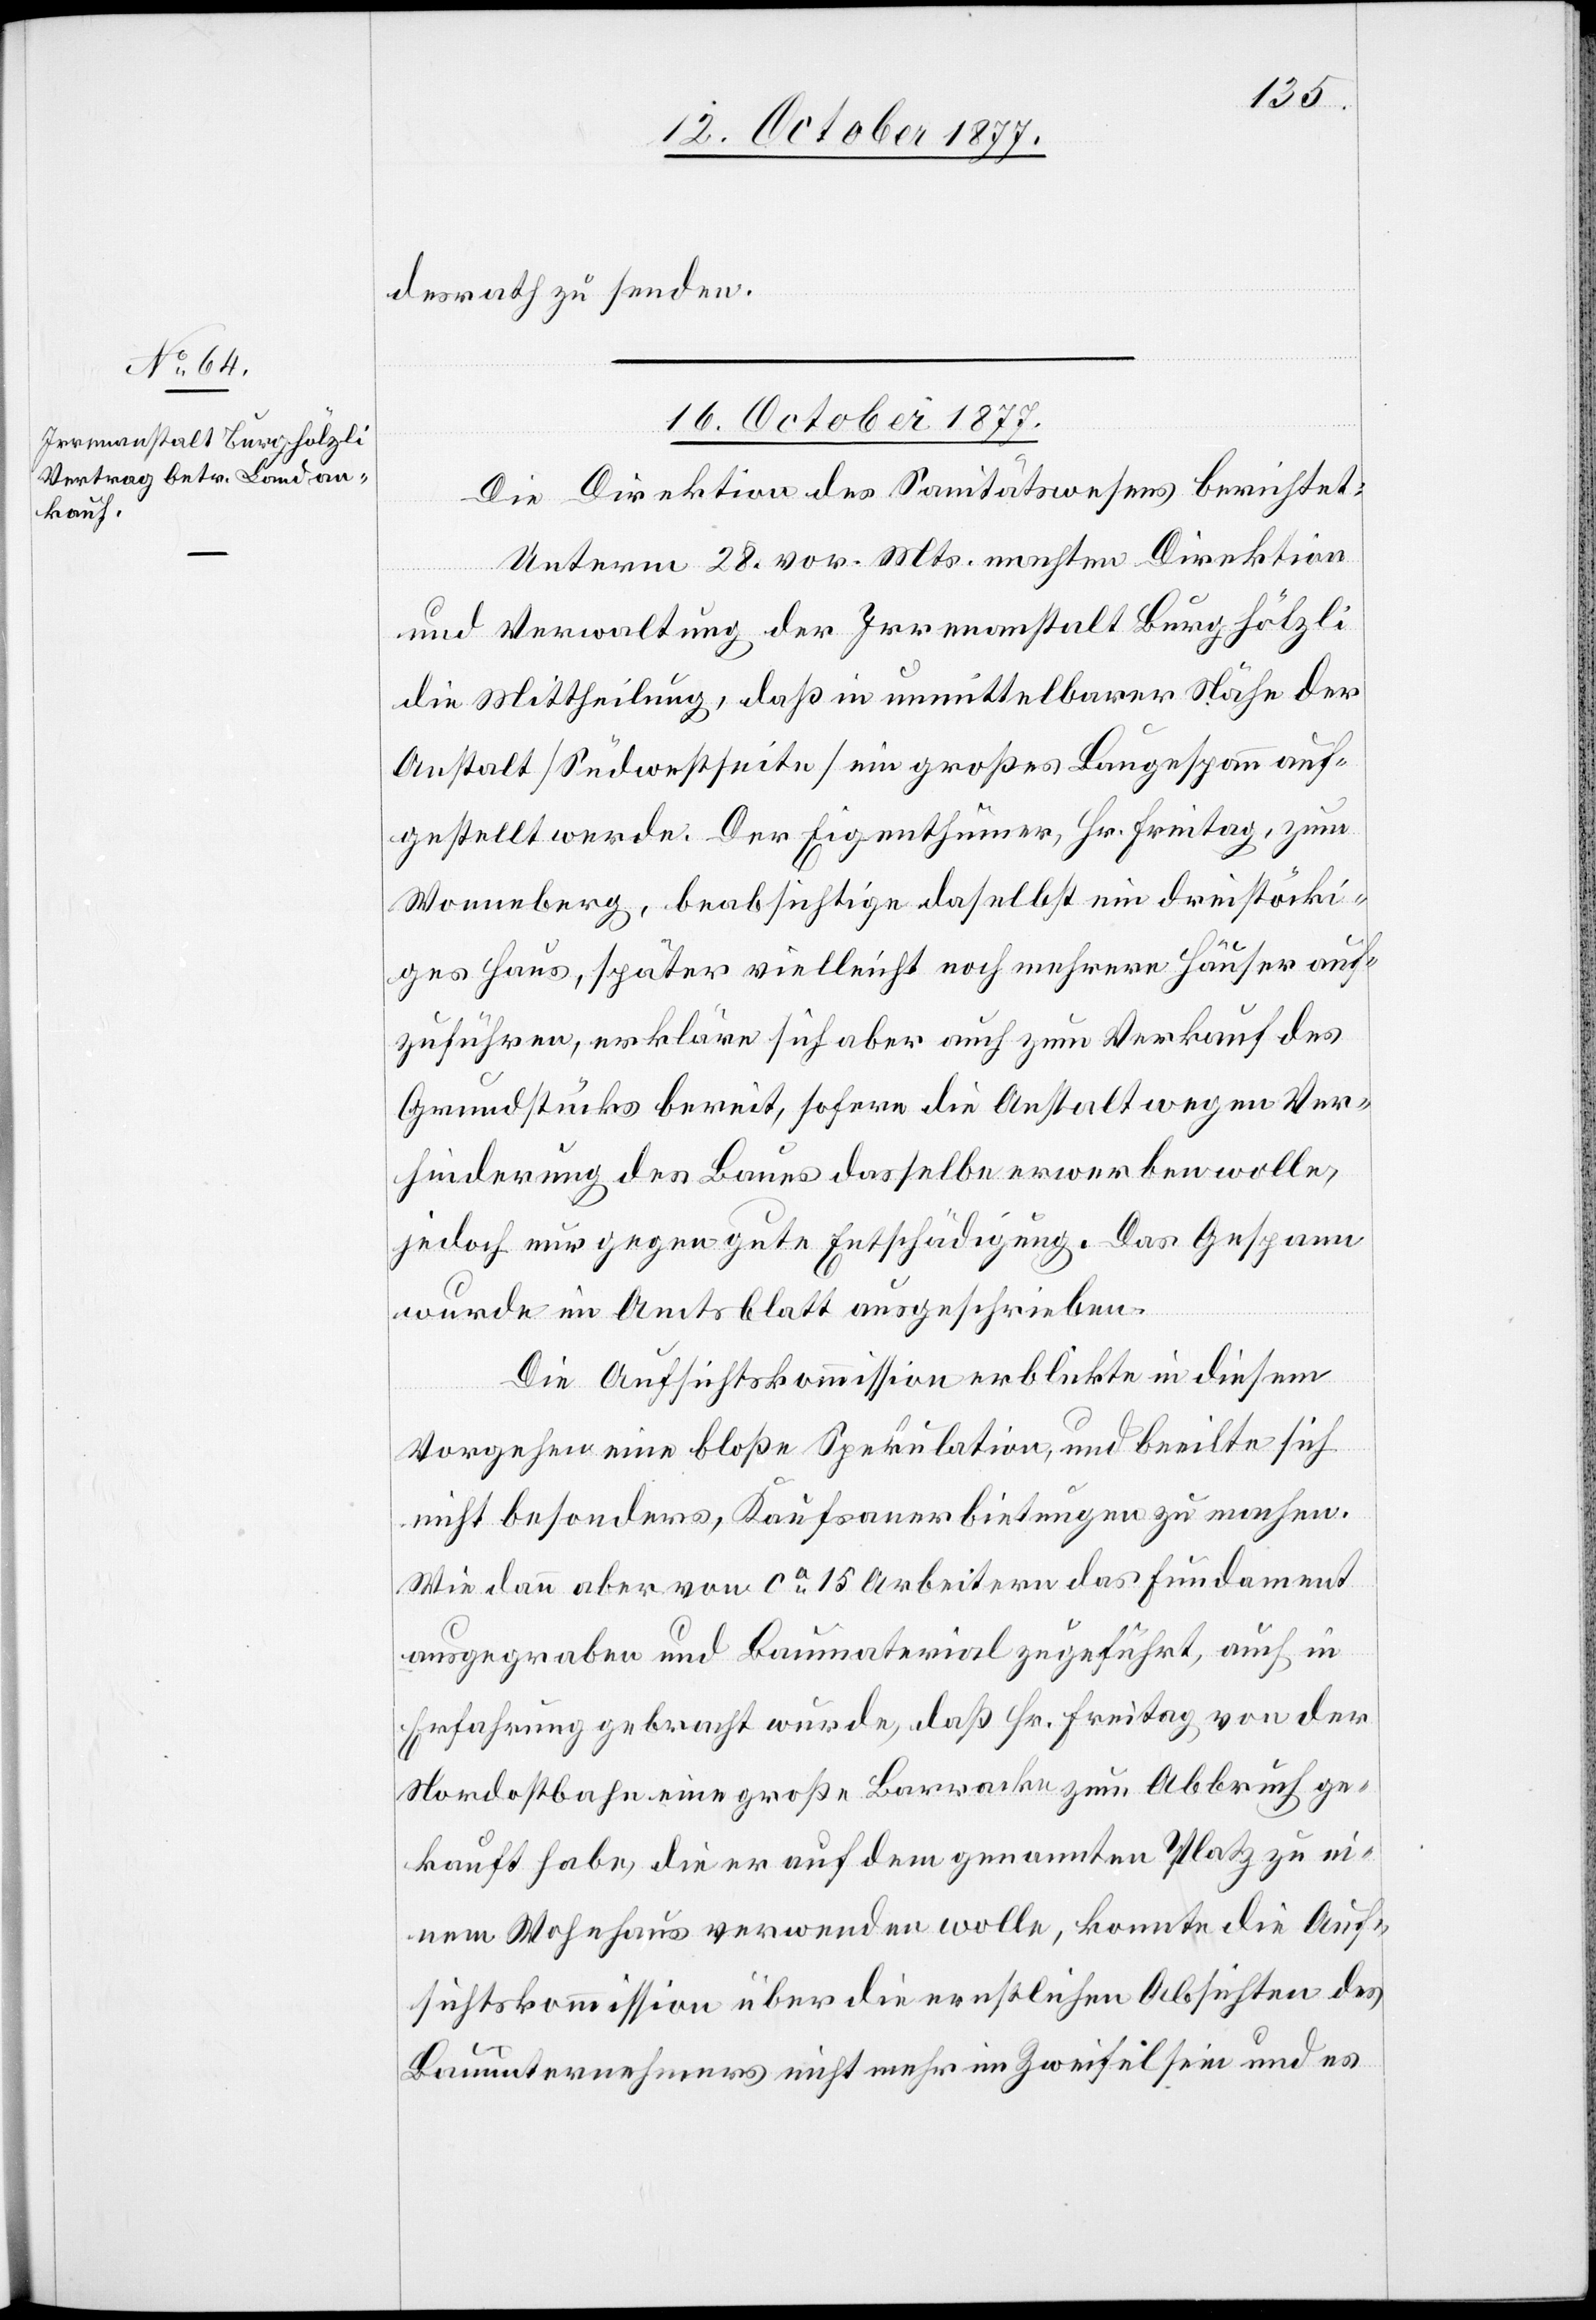
desrath zu senden.
16. October 1877.
Die Direktion des Sanitätswesens berichtet:
Unterm 28. vor. Mts. machten Direktion
und Verwaltung der Irrenanstalt Burghölzli
die Mittheilung, daß in unmittelbarer Nähe der
Anstalt [Südwestseite] ein großes Baugespann auf¬
gestellt werde. Der Eigenthümer, Hr. Freitag, zum
Wonneberg, beabsichtige daselbst ein dreistöcki¬
ges Haus, später vielleicht noch mehrere Häuser auf¬
zuführen, erkläre sich aber auch zum Verkauf des
Grundstücks bereit, sofern die Anstalt wegen Ver¬
hinderung des Baues dasselbe erwerben wolle,
jedoch nur gegen gute Entschädigung. Das Gespann
wurde im Amtsblatt ausgeschrieben.
Die Aufsichtskommission erblickte in diesem
Vorgehen eine bloße Spekulation, und beeilte sich
nicht besonders, Kaufsanerbietungen zu machen.
Wie dann aber von ca 15 Arbeitern das Fundament
ausgegraben und Baumaterial zugeführt, auch in
Erfahrung gebracht wurde, daß Hr. Freitag von der
Nordostbahn eine große Barracke zum Abbruch ge¬
kauft habe, die er auf dem genannten Platz zu ei¬
nem Wohnhaus verwenden wolle, konnte die Auf¬
sichtskommission über die ernstlichen Absichten des
Bauunternehmers nicht mehr im Zweifel sein und es